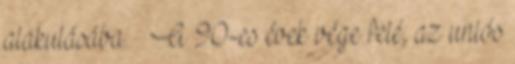
alakulásába. — A 90-es évek vége felé, az uniós